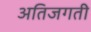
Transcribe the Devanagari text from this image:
अतिजगती